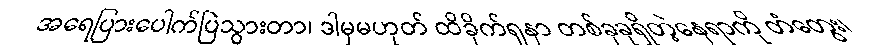
အရေပြားပေါက်ပြဲသွားတာ၊ ဒါမှမဟုတ် ထိခိုက်ရှနာ တစ်ခုခုရှိတဲ့နေရာကို တံတွေး၊